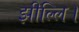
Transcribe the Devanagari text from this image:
झील्‍लि।